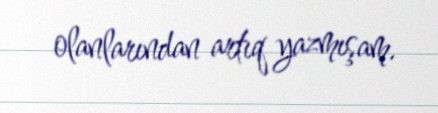
olanlarından artıq yazmışam.